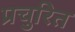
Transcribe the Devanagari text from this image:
प्रचुरित